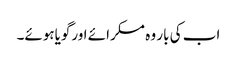
اب کی بار وہ مسکرائے اورگویاہوئے۔